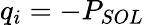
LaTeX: q_{i}=-P_{SOL}